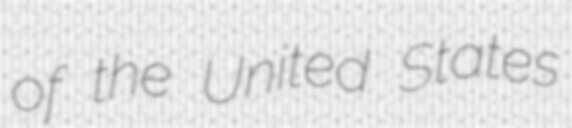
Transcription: of the United States